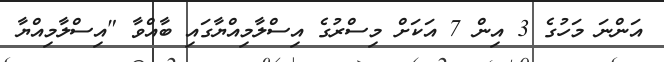
އަންނަ މަހުގެ 3 އިން 7 އަކަށް މިސްރުގެ އިސްލާމިއްޔާގައި ބާއްވާ "އިސްލާމިއްޔާ